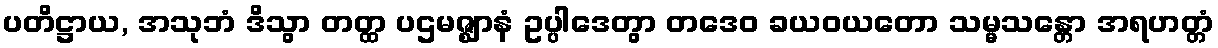
ပတိဋ္ဌာယ, အသုဘံ ဒိသွာ တတ္ထ ပဌမဇ္ဈာနံ ဥပ္ပါဒေတွာ တဒေဝ ခယဝယတော သမ္မသန္တော အရဟတ္တံ